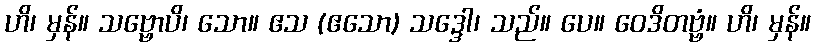
ဟိ၊ မှန်။ သဗ္ဗောပိ၊ သော။ ဧသ (ဧသော) သဒ္ဒေါ၊ သည်။ ပေ။ ဝေဒိတဗ္ဗံ။ ဟိ၊ မှန်။